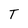
Character: T